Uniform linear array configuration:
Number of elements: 4
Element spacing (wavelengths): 1
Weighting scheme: cosine
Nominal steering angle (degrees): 30
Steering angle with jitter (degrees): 28.307
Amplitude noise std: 0.05
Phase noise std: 0.05

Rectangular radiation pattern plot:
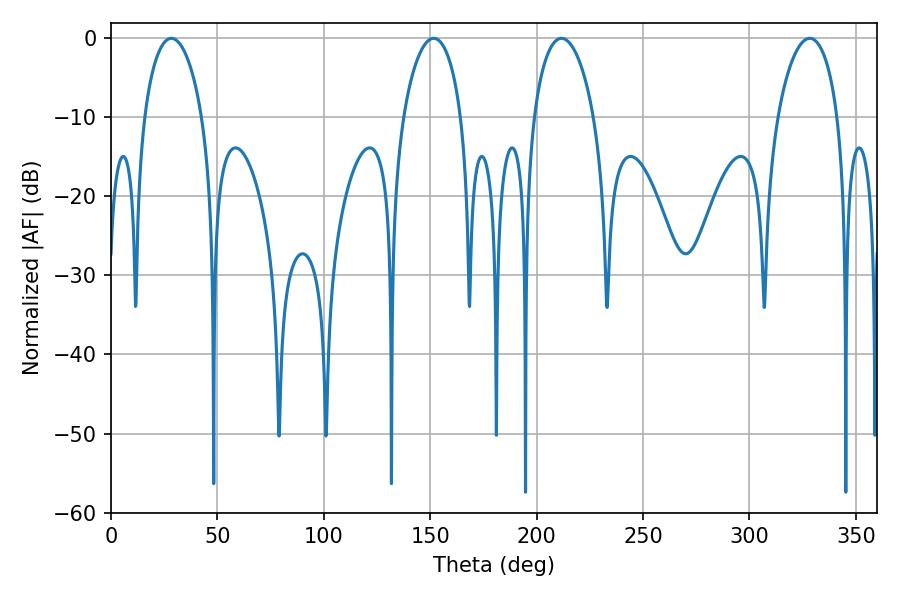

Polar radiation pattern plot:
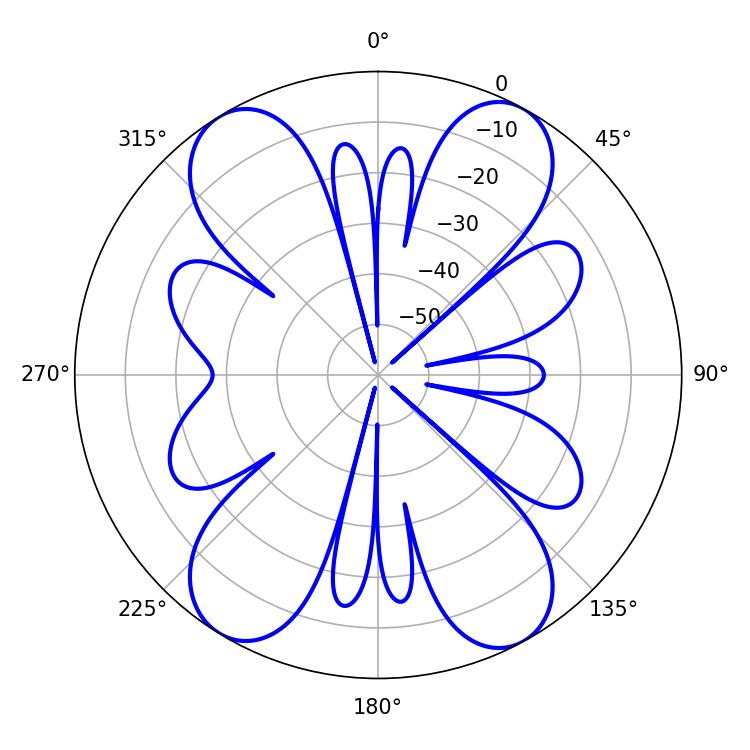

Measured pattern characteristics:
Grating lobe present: TRUE
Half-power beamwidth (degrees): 16.2
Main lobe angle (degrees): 211.68